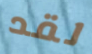
لقد